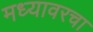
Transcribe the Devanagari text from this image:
मध्यावरचा